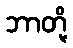
ဘာတို့